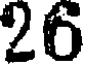
26